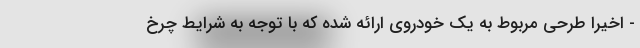
- اخیرا طرحی مربوط به یک خودروی ارائه شده که با توجه به شرایط چرخ